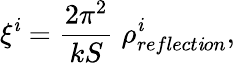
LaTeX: \xi^{\mathit{i}}={\frac{{2\pi^{2}}}{{kS}}}\; \rho_{reflect\mathit{i}on}^{\mathit{i}},